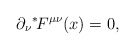
\begin{align*}\partial_\nu {}^*\!F^{\mu\nu}(x) = 0,\end{align*}